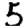
Digit: 5